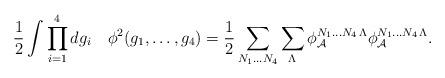
LaTeX: \begin{align*}\frac{1}{2} \int \prod_{i=1}^4 dg_i ~ ~~\phi^2(g_1,\ldots,g_4) = \frac{1}{2} \sum_{N_1\ldots N_4} \sum_\Lambda \phi_{\cal A}^{N_1\ldots N_4\,\Lambda} \phi_{\cal A}^{ N_1\ldots N_4\, \Lambda}.\end{align*}